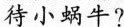
待小蜗牛？